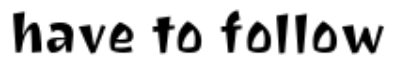
have to follow